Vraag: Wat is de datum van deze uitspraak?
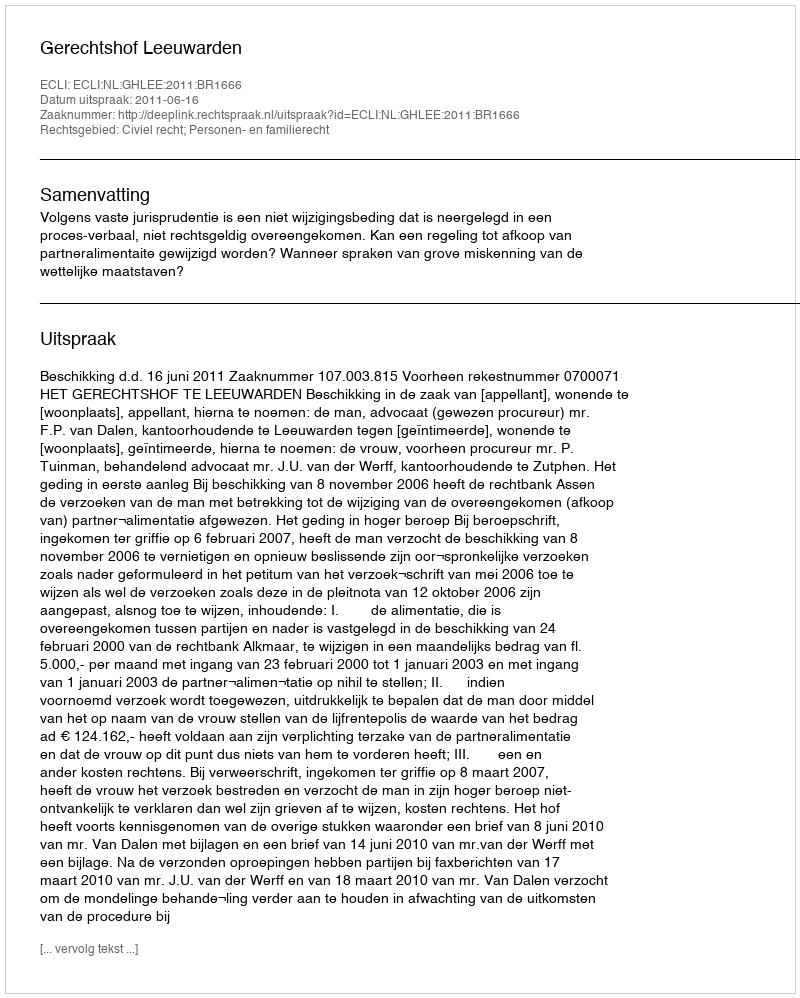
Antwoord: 2011-06-16